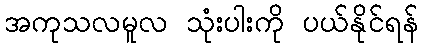
အကုသလမူလ သုံးပါးကို ပယ်နိုင်ရန်